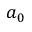
a _ { 0 }